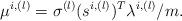
LaTeX: \begin{align*}\mu^{i,(l)} = \sigma^{(l)}(s^{i,(l)})^T\lambda^{i,(l)}/m.\end{align*}